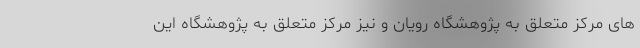
های مرکز متعلق به پژوهشگاه رویان و نیز مرکز متعلق به پژوهشگاه این